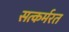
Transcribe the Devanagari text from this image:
सत्कर्मरत